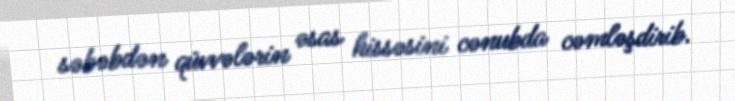
səbəbdən qüvvələrin əsas hissəsini cənubda cəmləşdirib.